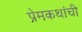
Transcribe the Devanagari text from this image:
प्रेमकथांची